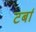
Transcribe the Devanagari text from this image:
टर्बा